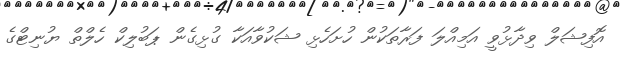
އޮފިޝަލް ވިދާޅުވީ އަމިއްލަ ފަރާތަކުން ހުށަހެޅި ޝަކުވާއަކާ ގުޅިގެން ޕަބުލިކް ހެލްތް ޔުނިޓްގެ